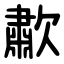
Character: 歗